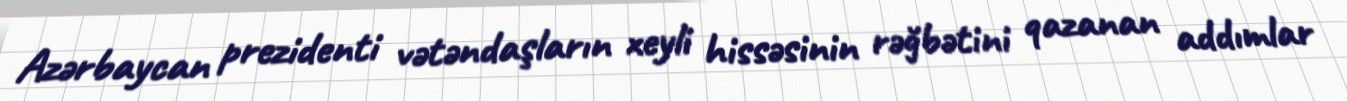
Azərbaycan prezidenti vətəndaşların xeyli hissəsinin rəğbətini qazanan addımlar